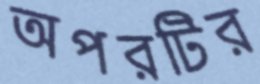
অপরটির